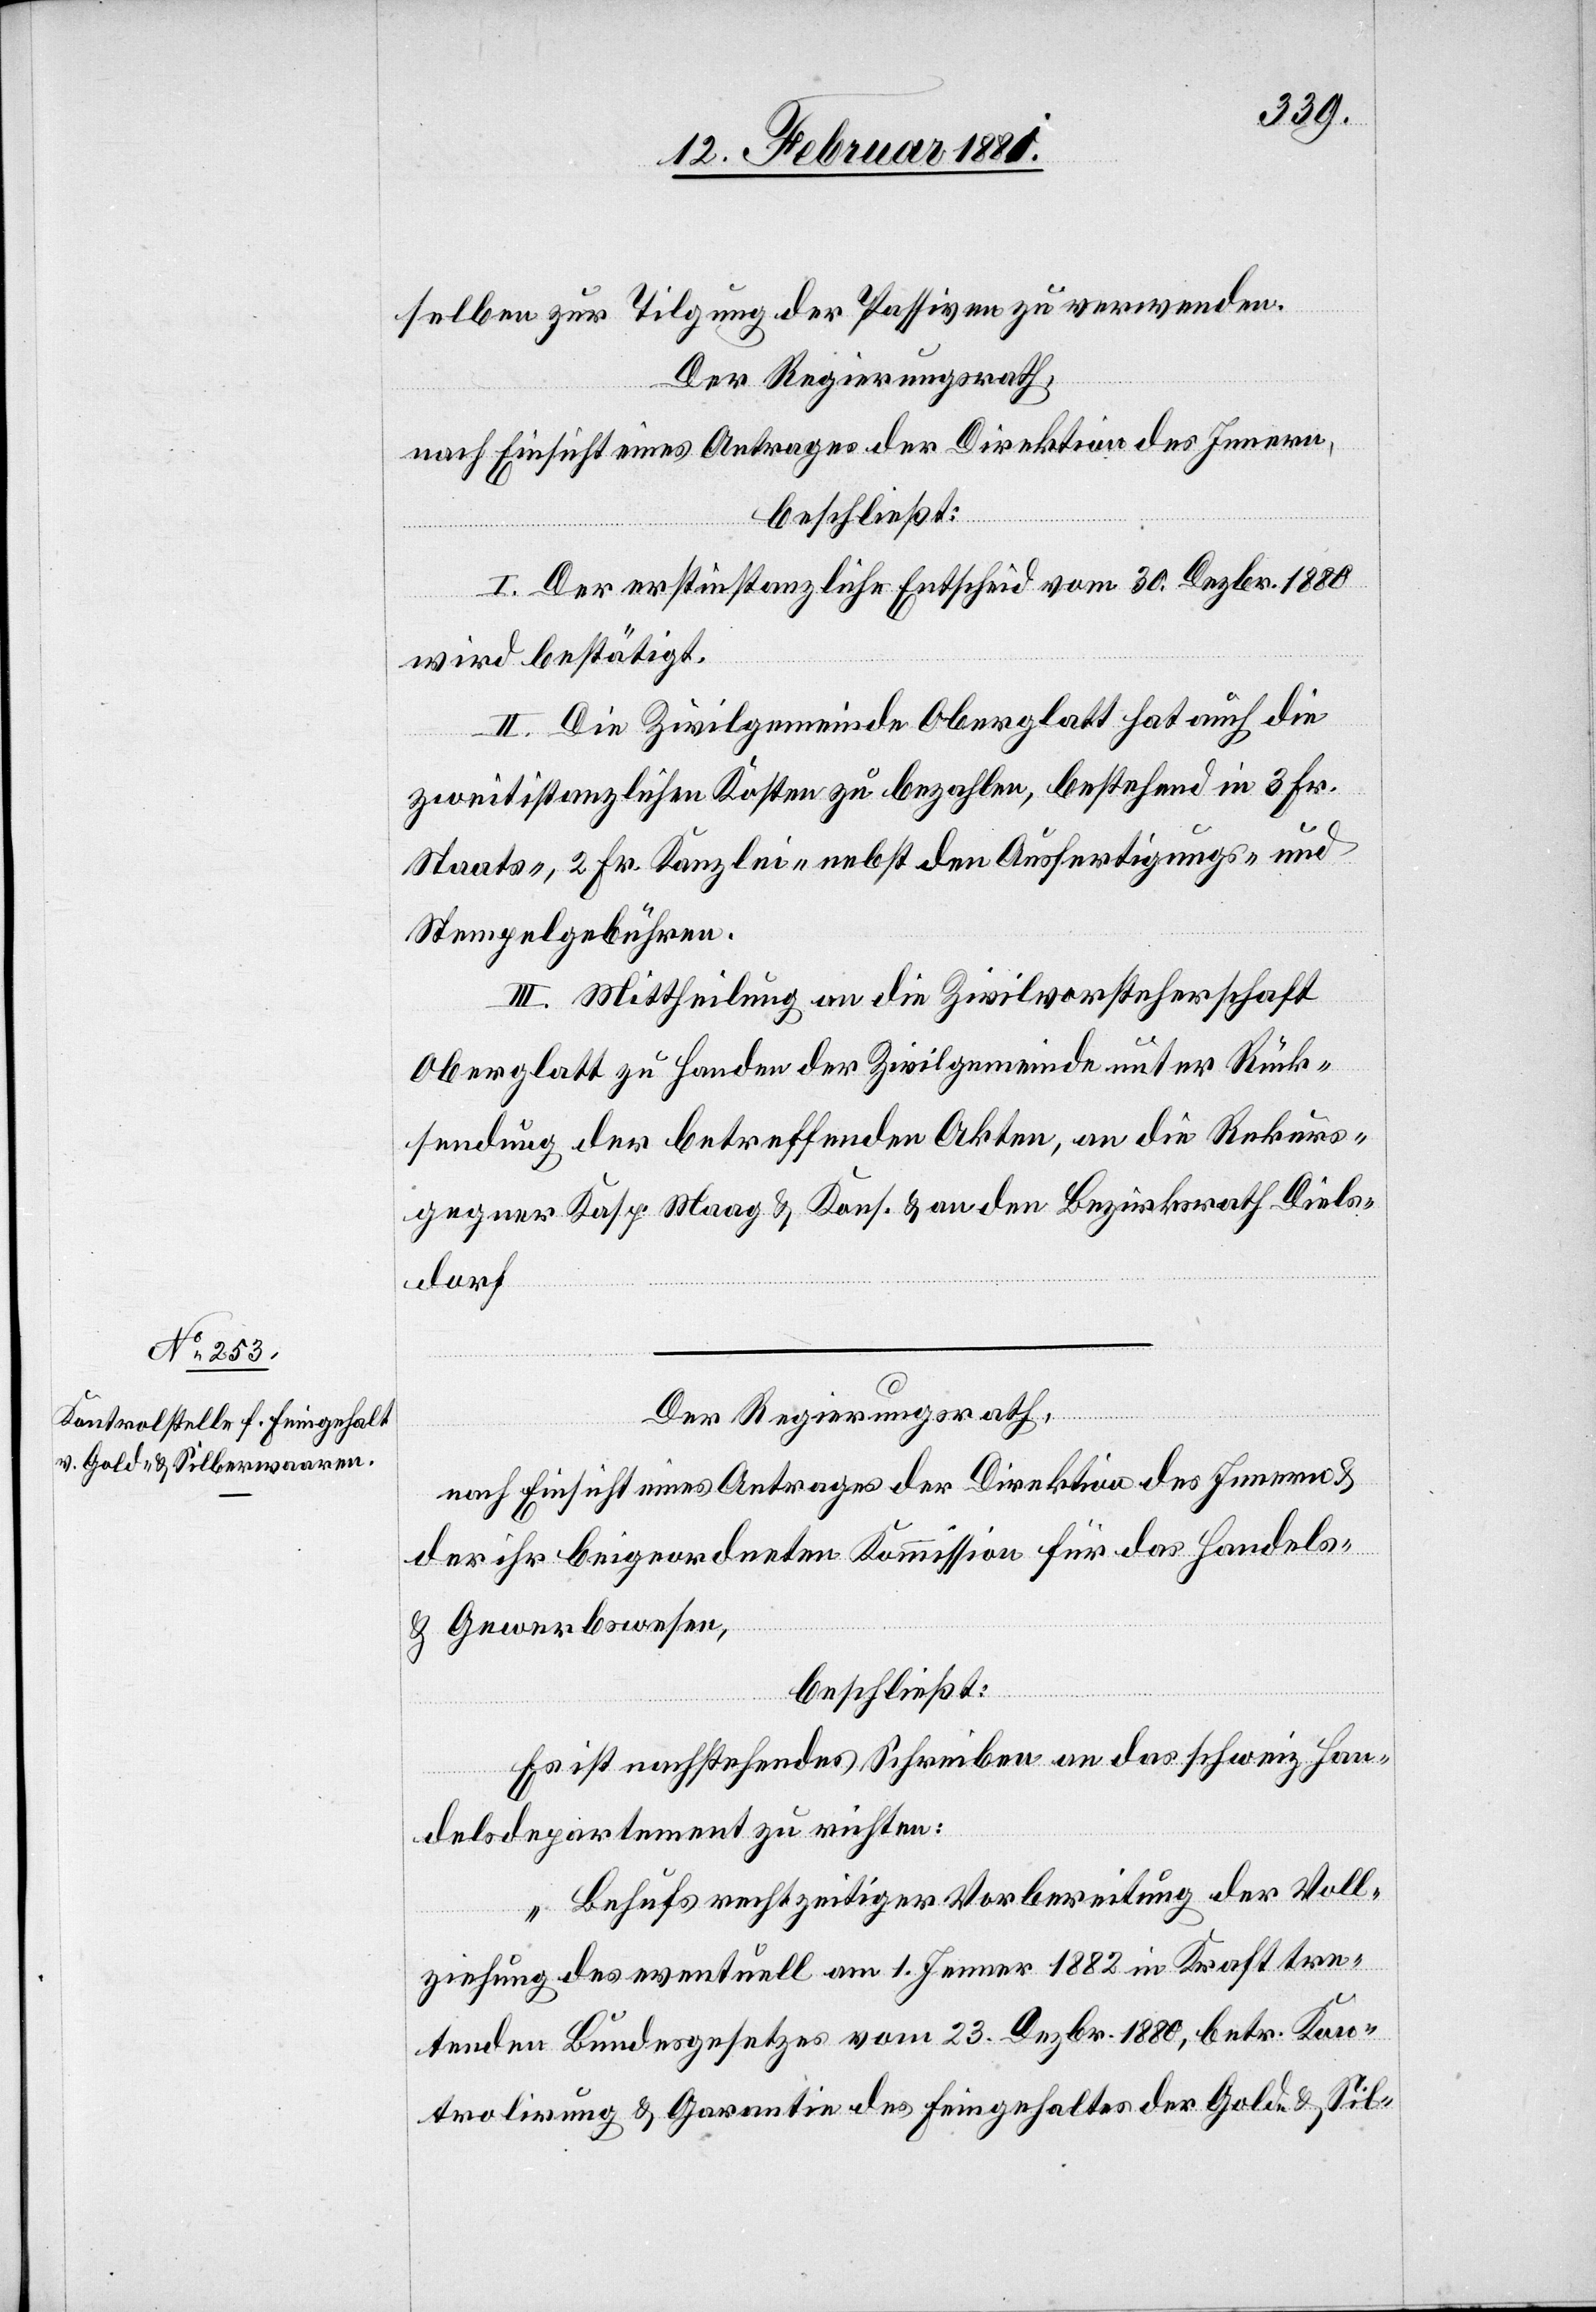
selben zur Tilgung der Passiven zu verwenden.
Der Regierungsrath,
nach Einsicht eines Antrages der Direktion des Innern,
beschließt:
I. Der erstinstanzliche Entscheid vom 30. Dezbr. 1880
wird bestätigt.
II. Die Zivilgemeinde Oberglatt hat auch die
zweitinstanzlichen Kosten zu bezahlen, bestehend in 3 Fr.
Staats-, 2 Fr. Kanzlei- nebst den Ausfertigungs- und
Stempelgebühren.
III. Mittheilung an die Zivilvorsteherschaft
Oberglatt zu Handen der Zivilgemeinde unter Rück¬
sendung der betreffenden Akten, an die Rekurs¬
gegner Kasp. Maag & Kons. & an den Bezirksrath Diels¬
dorf.
Der Regierungsrath,
nach Einsicht eines Antrages der Direktion des Innern &
der ihr beigeordneten Kommission für das Handels-
& Gewerbewesen,
beschließt:
Es ist nachstehendes Schreiben an das schweiz. Han¬
delsdepartement zu richten:
„Behufs rechtzeitiger Vorbereitung der Voll¬
ziehung des eventuell am 1. Jenner 1882 in Kraft tre¬
tenden Bundesgesetzes vom 23. Dezbr. 1880, betr. Kon¬
trolirung & Garantie des Feingehaltes der Gold- & Sil-